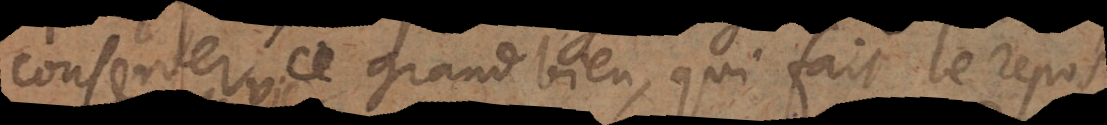
ce grand bien, qui fait le repos